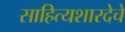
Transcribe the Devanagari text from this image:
साहित्यशारदेचे